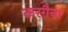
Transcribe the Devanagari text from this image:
करगैना